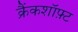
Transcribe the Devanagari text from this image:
क्रैंकशॉफ़्ट